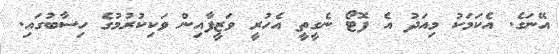
އޭނަގެ. އެކަމަކު މިއަދު އެ ފޮޓޯ ނެގީތީ އެހުރީ ވަޒީފާއިން ވަކިކުުރުމުގެ ހިސާބުގައި.